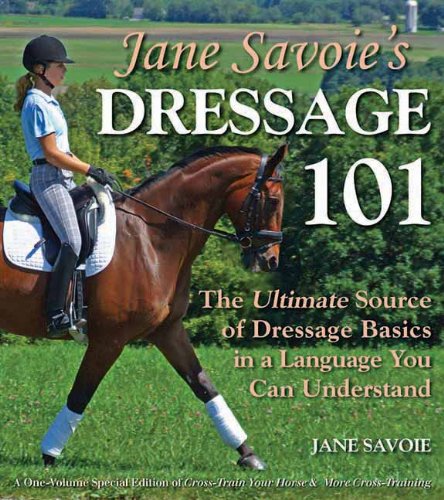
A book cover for Jane Savoie's Dressage 101: The Ultimate Source of Dressage Basics in a Language You Can Understand; Jane Savoie; Crafts, Hobbies & Home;